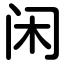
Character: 闲